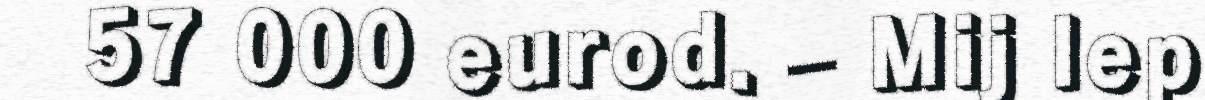
57 000 eurod. – Mij lep